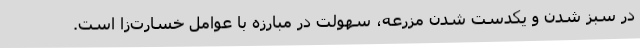
در سبز شدن و یکدست شدن مزرعه، سهولت در مبارزه با عوامل خسارت‌زا است.